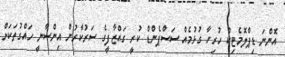
އޮންނަ ޑިޕްލޮމެޓިކް ހުރިހާ ގުޅުމެއް ސަސްޕެންޑް ކުރީ ގައްޒާފީގެ ސަރުކާރުން އިންސާނީ ހައްގުތަކަށް